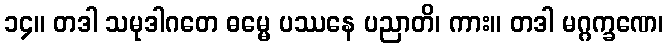
၁၄။ တဒါ သမုဒါဂတေ ဓမ္မေ ပဿနေ ပညာတိ၊ ကား။ တဒါ မဂ္ဂက္ခဏေ၊